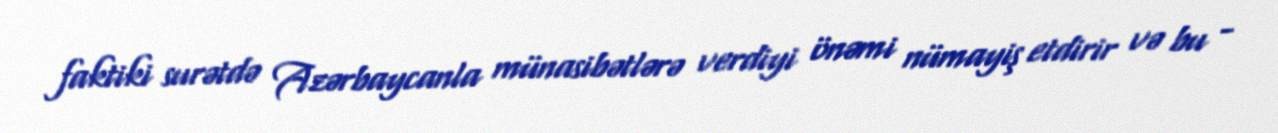
faktiki surətdə Azərbaycanla münasibətlərə verdiyi önəmi nümayiş etdirir və bu -